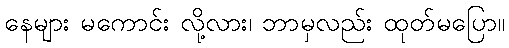
နေများ မကောင်း လို့လား၊ ဘာမှလည်း ထုတ်မပြော။